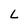
Character: L